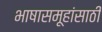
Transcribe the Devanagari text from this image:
भाषासमूहांसाठी